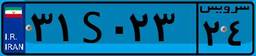
۶۴S۵۵۳۳۶